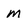
Character: M